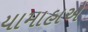
યામાહાએ